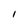
Character: 1